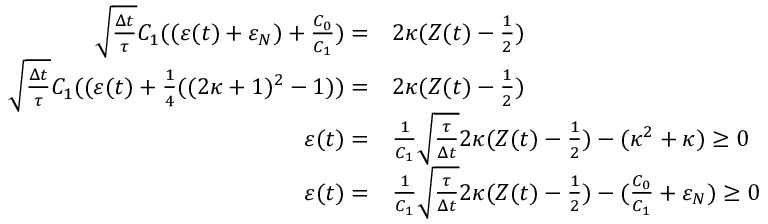
\begin{array} { r l } { \sqrt { \frac { \Delta t } { \tau } } C _ { 1 } ( ( \varepsilon ( t ) + \varepsilon _ { N } ) + \frac { C _ { 0 } } { C _ { 1 } } ) = } & { 2 \kappa ( Z ( t ) - \frac { 1 } { 2 } ) } \\ { \sqrt { \frac { \Delta t } { \tau } } C _ { 1 } ( ( \varepsilon ( t ) + \frac { 1 } { 4 } ( ( 2 \kappa + 1 ) ^ { 2 } - 1 ) ) = } & { 2 \kappa ( Z ( t ) - \frac { 1 } { 2 } ) } \\ { \varepsilon ( t ) = } & { \frac { 1 } { C _ { 1 } } \sqrt { \frac { \tau } { \Delta t } } 2 \kappa ( Z ( t ) - \frac { 1 } { 2 } ) - ( \kappa ^ { 2 } + \kappa ) \ge 0 } \\ { \varepsilon ( t ) = } & { \frac { 1 } { C _ { 1 } } \sqrt { \frac { \tau } { \Delta t } } 2 \kappa ( Z ( t ) - \frac { 1 } { 2 } ) - ( \frac { C _ { 0 } } { C _ { 1 } } + \varepsilon _ { N } ) \ge 0 } \end{array}